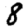
Digit: 8